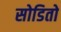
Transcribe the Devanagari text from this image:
सोडितो